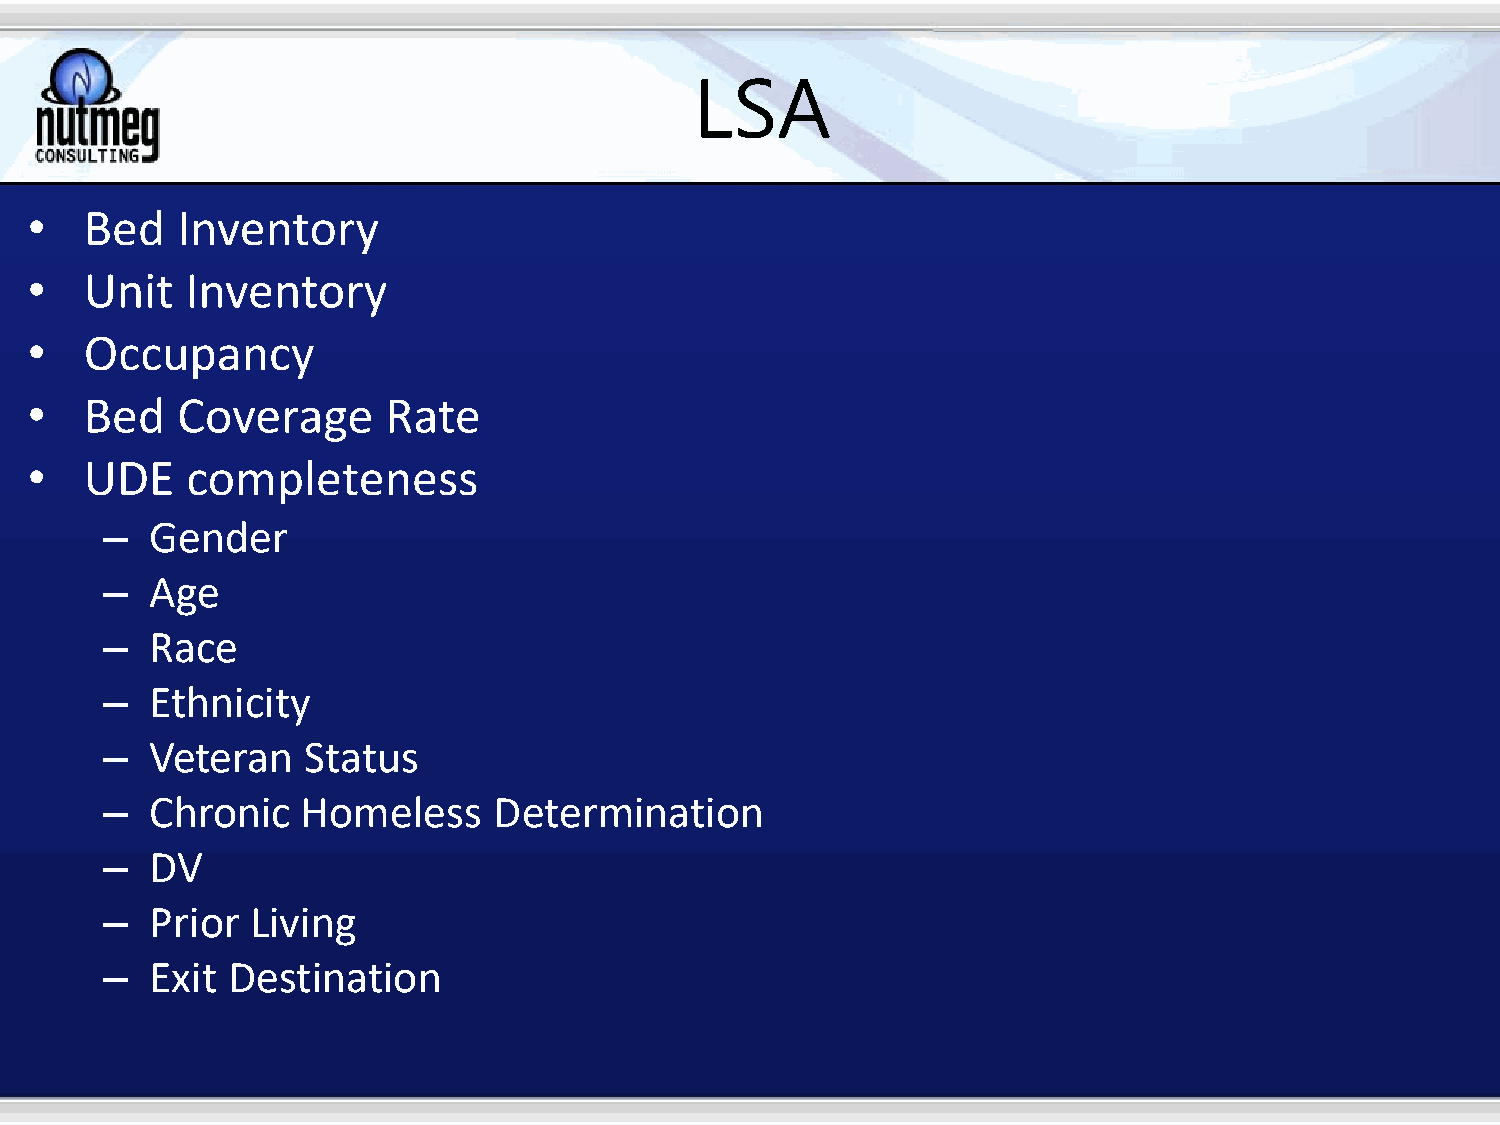
LSA
 •   Bed   Inventory
 •   Unit  Inventory
 •   Occupancy
 •   Bed   Coverage      Rate
 •   UDE   completeness
 –  Gender
 –  Age
 –  Race
 –  Ethnicity
 –  Veteran   Status
 –  Chronic   Homeless     Determination
 –  DV
 –  Prior  Living
 –  Exit Destination